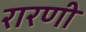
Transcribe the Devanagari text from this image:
रारणी